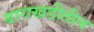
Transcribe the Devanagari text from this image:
बाराखडीतील